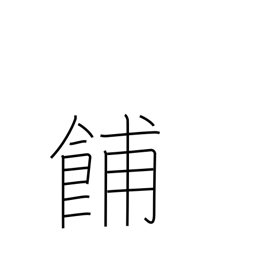
Meaning: late afternoon meal